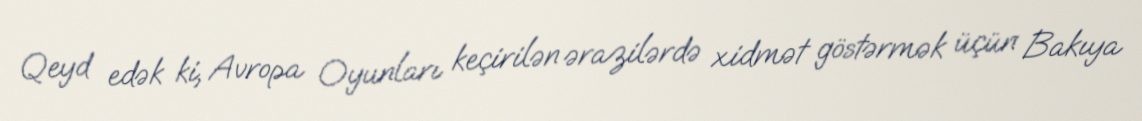
Qeyd edək ki, Avropa Oyunları keçirilən ərazilərdə xidmət göstərmək üçün Bakıya